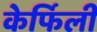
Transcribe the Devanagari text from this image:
केर्फिली